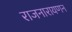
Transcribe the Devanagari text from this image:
राजनारायणन